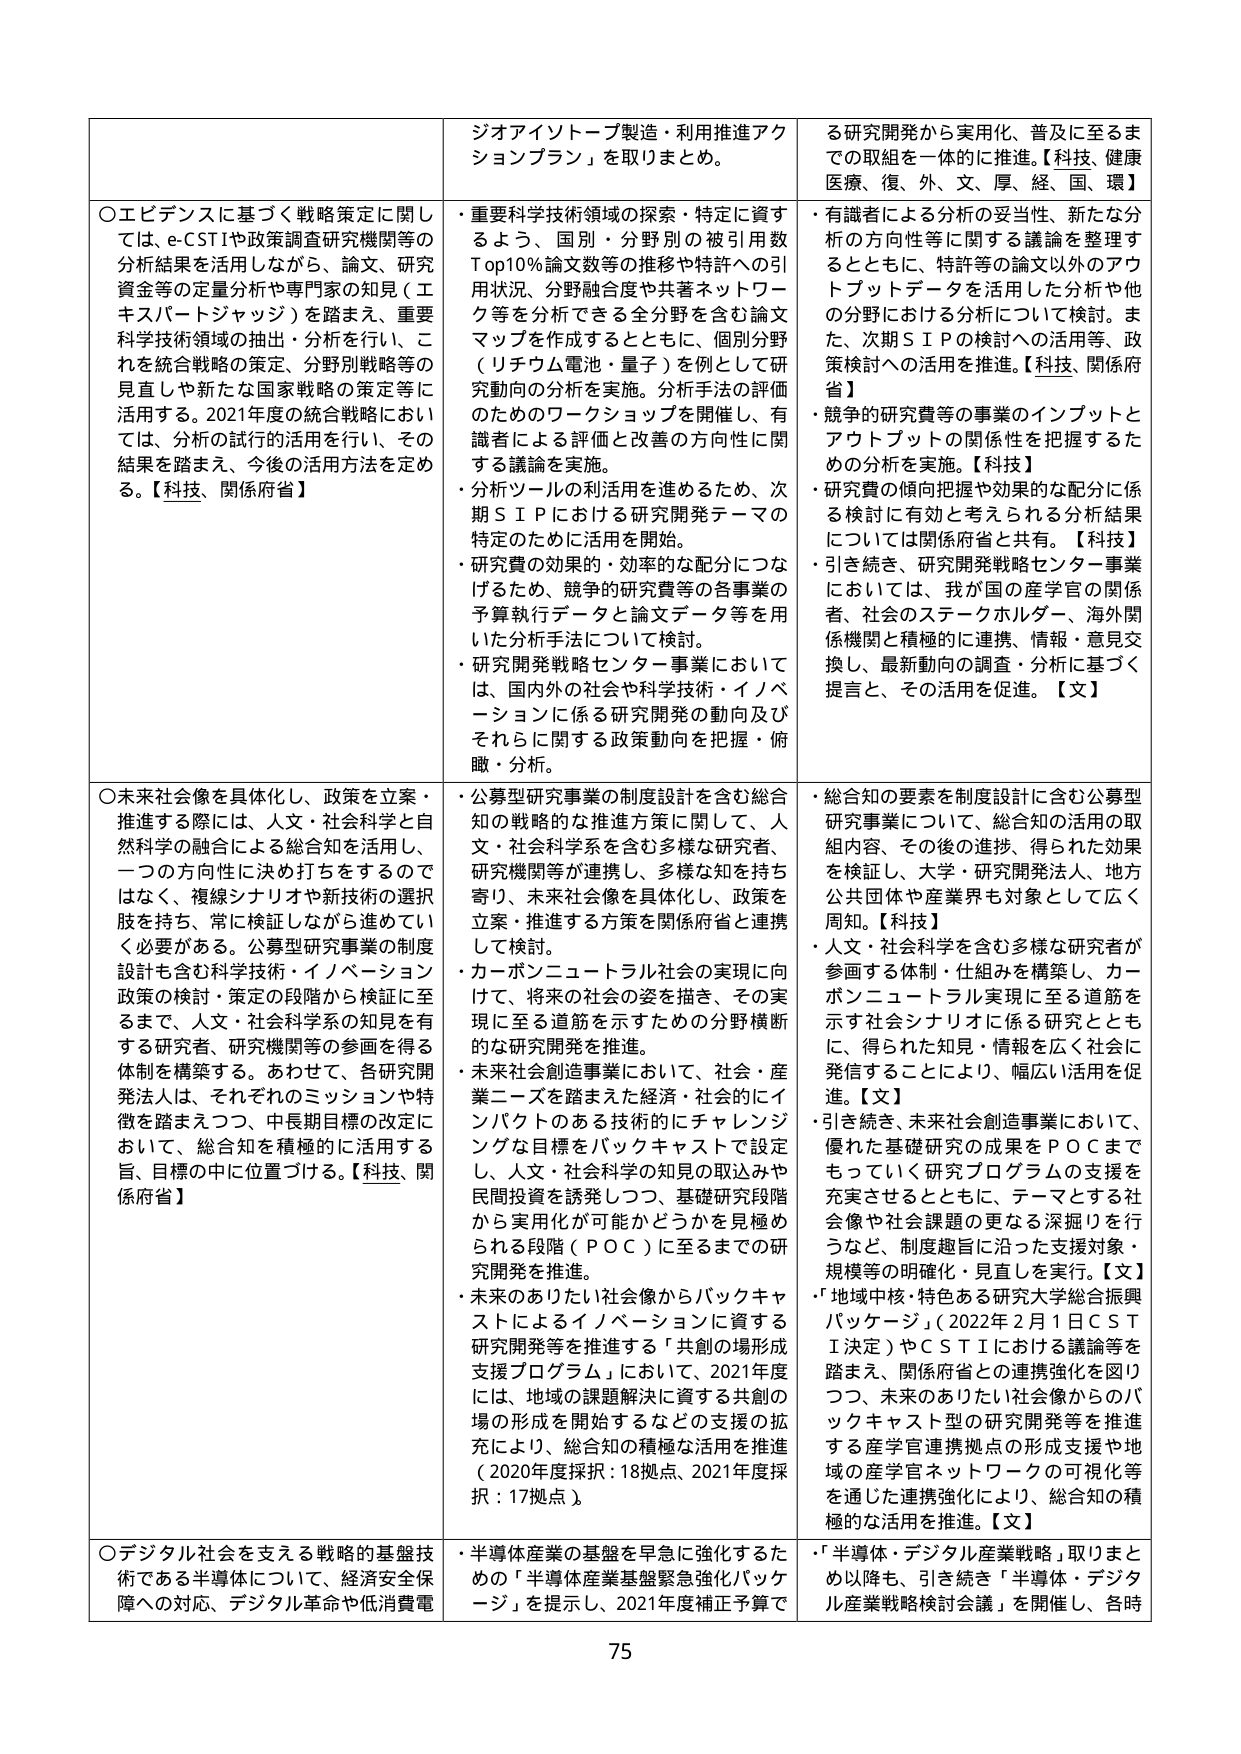
ジオアイソトープ製造・利用推進アクションプラン」を取りまとめ。

○エビデンスに基づく戦略策定に関しては、e-CSTIや政策調査研究機関等の分析結果を活用しながら、論文、研究資金等の定量分析や専門家の知見（エキスパートジャッジ）を踏まえ、重要科学技術領域の抽出・分析を行い、これを統合戦略の策定、分野別戦略等の見直しや新たな国家戦略の策定等に活用する。2021年度の統合戦略においては、分析の試行的活用を行い、その結果を踏まえ、今後の活用方法を定める。【科技、関係府省】

・重要科学技術領域の探索・特定に資するよう、国別・分野別の被引用数Top10%論文数等の推移や特許への引用状況、分野融合度や共著ネットワーク等を分析できる全分野を含む論文マップを作成するとともに、個別分野（リチウム電池・量子）を例として研究動向の分析を実施。分析手法の評価のためのワークショップを開催し、有識者による評価と改善の方向性に関する議論を実施。

・分析ツールの利活用を進めるため、次期ＳＩＰにおける研究開発テーマの特定のために活用を開始。

・研究費の効果的・効率的な配分につなげるため、競争的研究費等の各事業の予算執行データと論文データ等を用いた分析手法について検討。

・研究開発戦略センター事業においては、国内外の社会や科学技術・イノベーションに係る研究開発の動向及びそれらに関する政策動向を把握・俯瞰・分析。

○未来社会像を具体化し、政策を立案・推進する際には、人文・社会科学と自然科学の融合による総合知を活用し、一つの方向性に決め打ちをするのではなく、複線シナリオや新技術の選択肢を持ち、常に検証しながら進めていく必要がある。公募型研究事業の制度設計も含む科学技術・イノベーション政策の検討・策定の段階から検証に至るまで、人文・社会科学の知見を有する研究者、研究機関等の参画を得る体制を構築する。あわせて、各研究開発法人は、それぞれのミッションや特徴を踏まえつつ、中長期目標の改定において、総合知を積極的に活用する旨、目標の中に位置づける。【科技、関係府省】

・公募型研究事業の制度設計を含む総合知の戦略的な推進方策に関して、人文・社会科学系を含む多様な研究者、研究機関等が連携し、多様な知を持ち寄り、未来社会像を具体化し、政策を立案・推進する方策を関係府省と連携して検討。

・カーボンニュートラル社会の実現に向けて、将来の社会の姿を描き、その実現に至る道筋を示すための分野横断的な研究開発を推進。

・未来社会創造事業において、社会・産業ニーズを踏まえた経済・社会的にインパクトのある技術的にチャレンジングな目標をバックキャストで設定し、人文・社会科学の知見の取込みや民間投資を誘発しつつ、基礎研究段階から実用化が可能かどうかを見極められる段階（ＰＯＣ）に至るまでの研究開発を推進。

・未来のありたい社会像からバックキャストによるイノベーションに資する研究開発等を推進する「共創の場形成支援プログラム」において、2021年度には、地域の課題解決に資する共創の場の形成を開始するなどの支援の拡充により、総合知の積極的な活用を推進（2020年度採択：18拠点、2021年度採択：17拠点）。

○デジタル社会を支える戦略的基盤技術である半導体について、経済安全保障への対応、デジタル革命や低消費電

る研究開発から実用化、普及に至るまでの取組を一体的に推進。【科技、健康医療、復、外、文、厚、経、国、環】

・有識者による分析の妥当性、新たな分析の方向性等に関する議論を整理するとともに、特許等の論文以外のアウトプットデータを活用した分析や他の分野における分析について検討。また、次期ＳＩＰの検討への活用等、政策検討への活用を推進。【科技、関係府省】

・競争的研究費等の事業のインプットとアウトプットの関係性を把握するための分析を実施。【科技】

・研究費の傾向把握や効果的な配分に係る検討に有効と考えられる分析結果については関係府省と共有。【科技】

・引き続き、研究開発戦略センター事業においては、我が国の産学官の関係者、社会のステークホルダー、海外関係機関と積極的に連携、情報・意見交換し、最新動向の調査・分析に基づく提言と、その活用を促進。【文】

・総合知の要素を制度設計に含む公募型研究事業について、総合知の活用の取組内容、その後の進捗、得られた効果を検証し、大学・研究開発法人、地方公共団体や産業界も対象として広く周知。【科技】

・人文・社会科学を含む多様な研究者が参画する体制・仕組みを構築し、カーボンニュートラル実現に至る道筋を示す社会シナリオに係る研究とともに、得られた知見・情報を広く社会に発信することにより、幅広い活用を促進。【文】

・引き続き、未来社会創造事業において、優れた基礎研究の成果をＰＯＣまでもっていく研究プログラムの支援を充実させるとともに、テーマとする社会像や社会課題の更なる深掘りを行うなど、制度趣旨に沿った支援対象・規模等の明確化・見直しを実行。【文】

・「地域中核・特色ある研究大学総合振興パッケージ」（2022年2月1日ＣＳＴＩ決定）やＣＳＴＩにおける議論等を踏まえ、関係府省との連携強化を図りつつ、未来のありたい社会像からのバックキャスト型の研究開発等を推進する産学官連携拠点の形成支援や地域の産学官ネットワークの可視化等を通じた連携強化により、総合知の積極的な活用を推進。【文】

・「半導体・デジタル産業戦略」取りまとめ以降も、引き続き「半導体・デジタル産業戦略検討会議」を開催し、各時

75